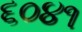
૬૦૪૧